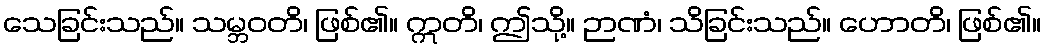
သေခြင်းသည်။ သမ္ဘဝတိ၊ ဖြစ်၏။ ဣတိ၊ ဤသို့။ ဉာဏံ၊ သိခြင်းသည်။ ဟောတိ၊ ဖြစ်၏။